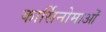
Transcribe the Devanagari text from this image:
कार्सिनोमाओं